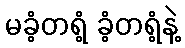
မခံ့တရံ့ ခံ့တရံ့နဲ့